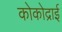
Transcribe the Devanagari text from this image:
कोकोद्राई